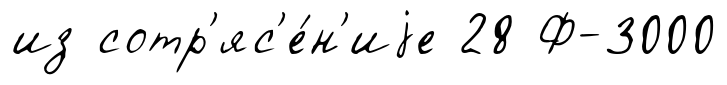
из сотр'яс'е́н'иjе 28 Ф-3000